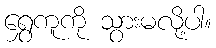
ရွှေကူကို သွားမလို့ပါ။